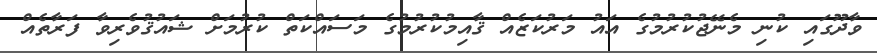
ވާދޫގައި ކުނި މެނޭޖުކުރުމުގެ އައު މަރުކަޒެއް ޤާއިމުކުރުމުގެ މަސައްކަތް ކުރުމަށް ޝައުޤުވެރިވާ ފަރާތެއް